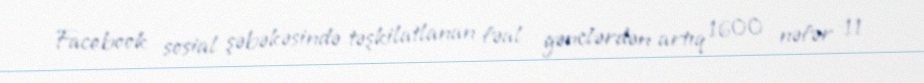
Facebook sosial şəbəkəsində təşkilatlanan fəal gənclərdən artıq 1600 nəfər 11